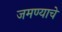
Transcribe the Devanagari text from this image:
जमण्याचे